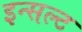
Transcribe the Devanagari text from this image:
इन्सल्ट